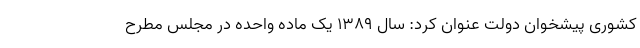
کشوری پیشخوان دولت عنوان کرد: سال 1389 یک ماده واحده در مجلس مطرح